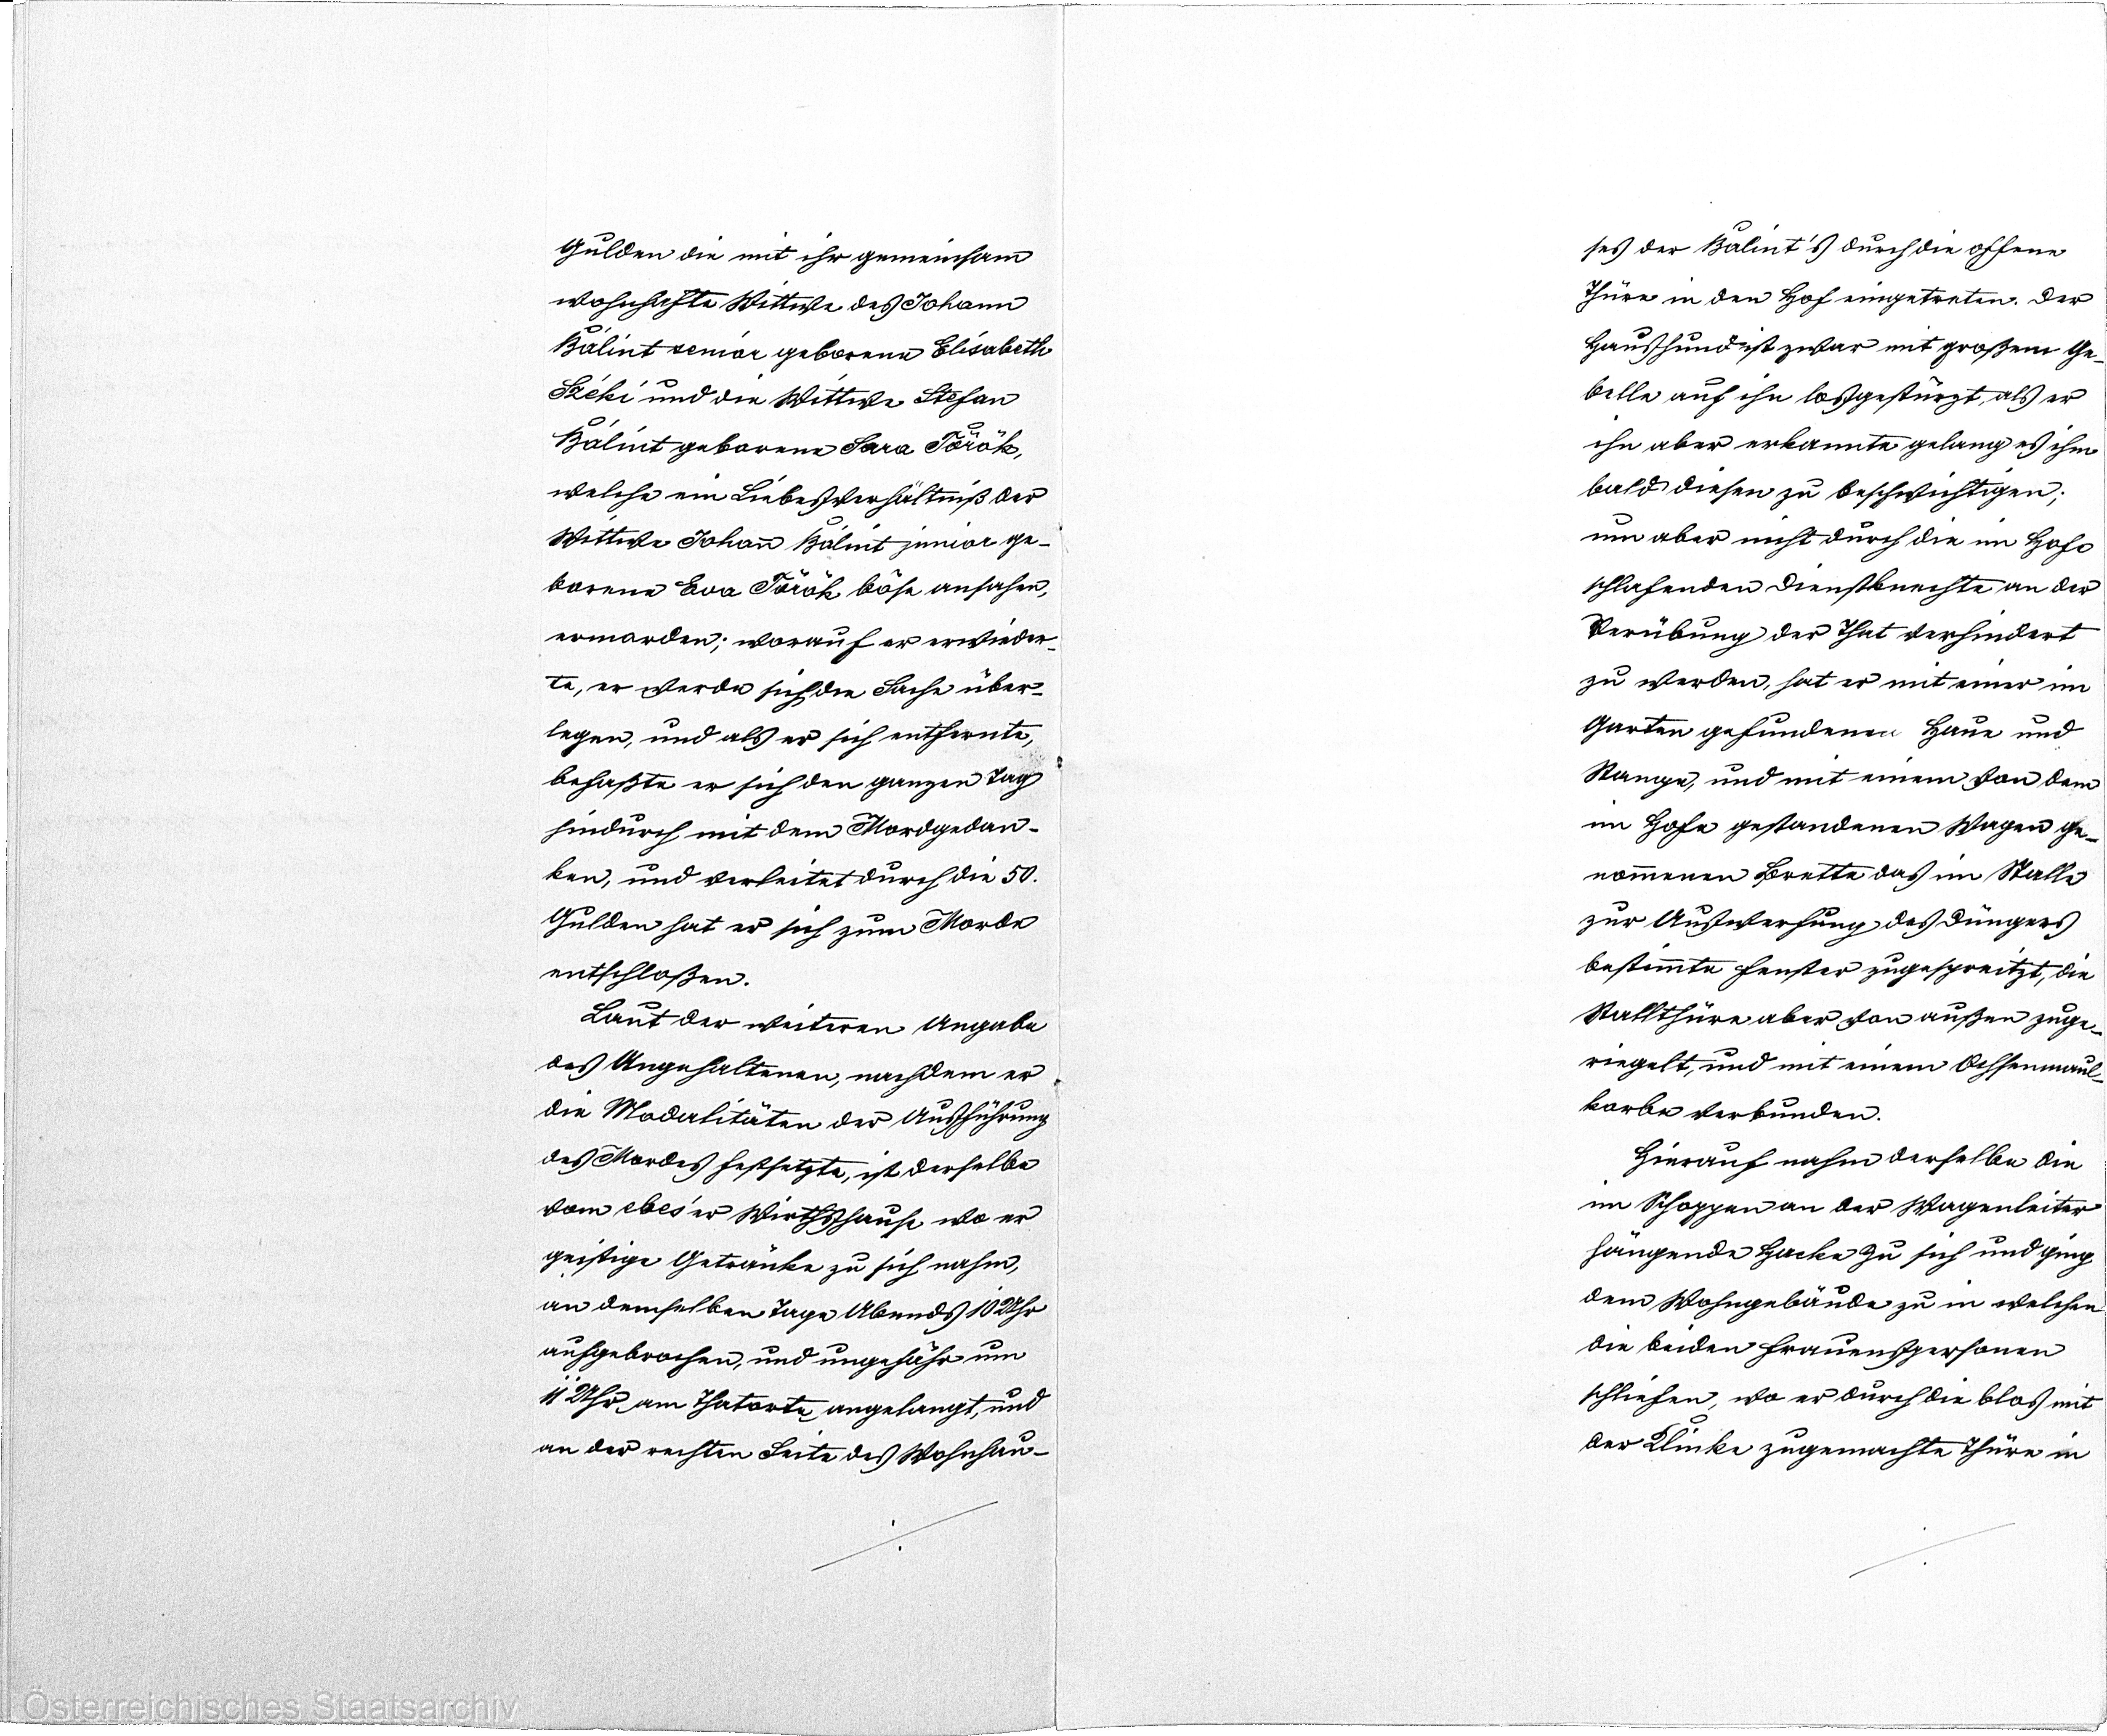
Gulden die mit ihr gemeinsam
wohnhafte Wittwe des Johann
Bálint senior geborene Elisabeth
Széki und die Wittwe Stefan
Bálint geborene Sara Török,
welche ein Liebesverhältinß der
Wittwe Johann Bálint junior ge¬
borene Eva Török böse ansahen,
ermorden; worauf er er wieder¬
te, er werde sich die Sache über¬
legen, und als er sich entfernte,
befaßte er sich den gangen Tag
hindurch mit dem Mordgedan¬
ken, und verleitet durch die 50.
Gulden hat er sich zum Morde
entschloßen.
Laut der weiteren Angabe
des Angehaltenen, nachdem er
die Modalitäten der Ausführung
des Mordes festsetzte, ist derselbe
vom ebes'er Wirthshause wo er
geistige Getränke zu sich nahm,
an demselben Tage Abends 10 Uhr
aufgebrochen, und ungefähr um
11 Uhr am Thatorte angelangt, und
an der rechten Seite des Wohnhau¬

ses der Balint's durch die offene
Thüre in den Hof eingetreten. Der
Haushund ist zwar mit großen Ge¬
belle auf ihn losgestürzt, als er
ihn aber erkannte gelang es ihm
bald diesen zu beschwichtigen,
um aber nicht durch die im Hofe¬
schlafenden Dienstknechte an der
Verübung der That verhindert
zu werden, hat er mit einer im
Garten gefundenen Haue und
Stange, und mit einem von dem
im Hofe gestandenen Wagen ge¬
nommenen Brette das im Stalle
zur Auswerfung des Düngers
bestimmte Fenster zugespreitzt, die
Stallthüre aber von außen zuge¬
riegelt, und mit einem Ochsenmaul¬
karbeverbunden.
Hierauf nahm derselbe die
im Schoppen an der Wagenleiter
hängende Hacke zu sich und ging
dem Wohngebäude zu in welchen
die beiden Frauenspersonen
schliefen, wo er durch die blos mit
der Klinke zugemachte Thüre in